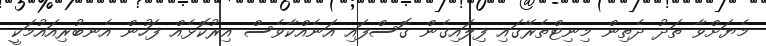
މެޔަށްވާ ތަދު ދެތިން މިނިޓްތެރޭގައި ފިލައިގެން ގޮސްފައި އަނެއްކާވެސް އިރުކޮޅެއް ފަހުން އެނބުރިއައުމަކީ